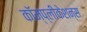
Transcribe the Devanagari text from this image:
कॉम्प्लीकेशन्स